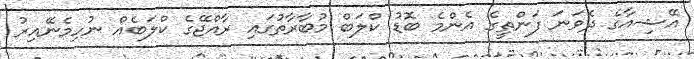
އޭޝިއާގެ ދެވަނަ ފަންތީގެ އެންމެ ބޮޑު ކްލަބް މުބާރާތުގައި ރާއްޖޭގެ ކްލަބެއް ނުހިމެނޭއިރު